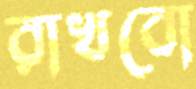
রাখবো